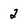
Character: 2